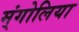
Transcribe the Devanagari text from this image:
म्ंगोलिया